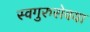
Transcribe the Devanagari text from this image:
स्वगुरुसेवया